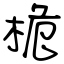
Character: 桅